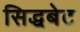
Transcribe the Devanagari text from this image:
सिद्धबेट